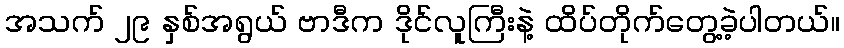
အသက် ၂၉ နှစ်အရွယ် ဗာဒီက ဒိုင်လူကြီးနဲ့ ထိပ်တိုက်တွေ့ခဲ့ပါတယ်။